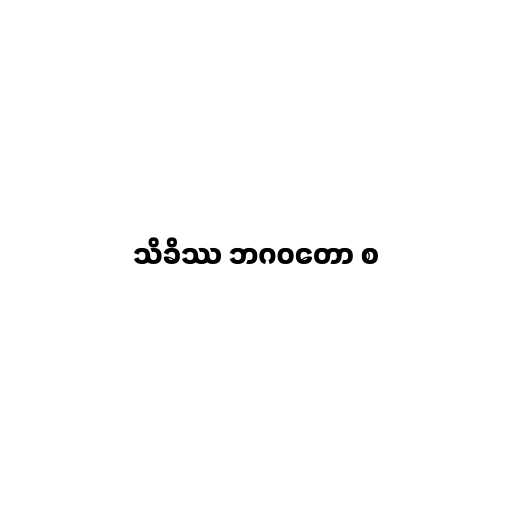
သိခိဿ ဘဂဝတော စ